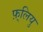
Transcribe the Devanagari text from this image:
फ़्लियु